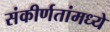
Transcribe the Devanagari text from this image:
संकीर्णतांमध्ये